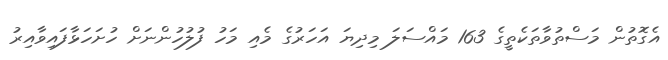
އެގޮތުން މަސްތުވާތަކެތީގެ 163 މައްސަލަ މިދިޔަ އަހަރުގެ މެއި މަހު ފުލުހުންނަށް ހުށަހަޅާފައިވާއިރު